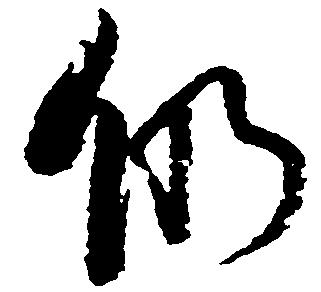
仍